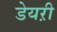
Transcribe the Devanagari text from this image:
डेयऱी